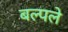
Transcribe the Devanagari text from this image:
बल्पले